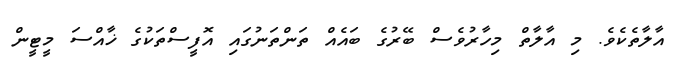
އާލާތެކެވެ. މި އާލާތް މިހާރުވެސް ބޭރުގެ ބައެއް ތަންތަނުގައި އޮފީސްތަކުގެ ޚާއްސަ މީޓީން